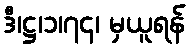
ဒီ၊ဋ္ဌ၊၁၊၇၄၊ မှယူရန်